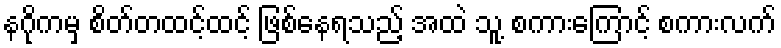
နဂိုကမှ စိတ်တထင့်ထင့် ဖြစ်နေရသည့် အထဲ သူ့ စကားကြောင့် စကားလက်